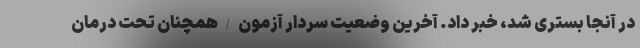
در آنجا بستری شد، خبر داد. آخرین وضعیت سردار آزمون/همچنان تحت درمان